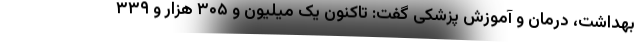
بهداشت، درمان و آموزش پزشکی گفت: تاکنون یک میلیون و ۳۰۵ هزار و ۳۳۹